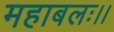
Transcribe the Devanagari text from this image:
महाबलः।।